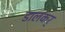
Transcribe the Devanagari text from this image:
डालकर्